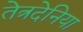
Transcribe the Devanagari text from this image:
तेत्रदेनिया